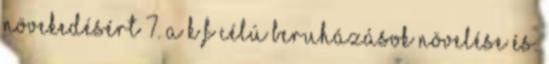
növekedésért 7. A K F célú beruházások növelése és.